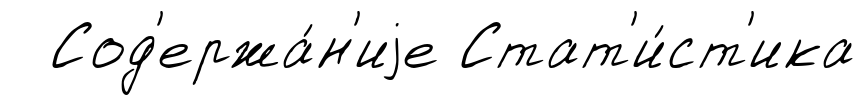
Сод'ержа́н'иjе Стат'и́ст'ика